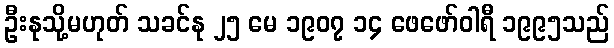
ဦးနုသို့မဟုတ် သခင်နု ၂၅ မေ ၁၉၀၇ ၁၄ ဖေဖော်ဝါရီ ၁၉၉၅သည်